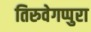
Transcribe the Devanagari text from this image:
तिरुवेगप्पुरा